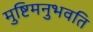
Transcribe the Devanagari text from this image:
मुष्टिमनुभवति